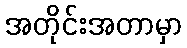
အတိုင်းအတာမှာ